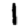
Digit: 1